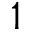
1